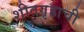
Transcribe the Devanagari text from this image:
शीतगृहाची